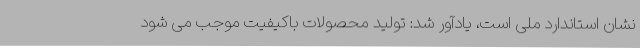
نشان استاندارد ملی است، یادآور شد: تولید محصولات باکیفیت موجب می شود